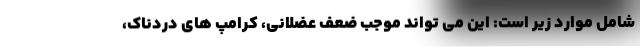
شامل موارد زیر است: این می تواند موجب ضعف عضلانی، کرامپ های دردناک،